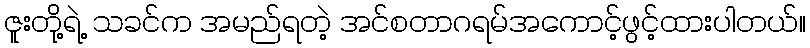
ဇူးတို့ရဲ့ သခင်က အမည်ရတဲ့ အင်စတာဂရမ်အကောင့်ဖွင့်ထားပါတယ်။